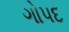
ગોપદ